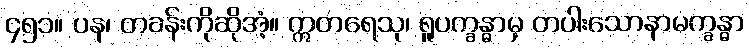
၄၅၁။ ပန၊ တခန်းကိုဆိုအံ့။ ဣတရေသု၊ ရူပက္ခန္ဓာမှ တပါးသောနာမက္ခန္ဓာ